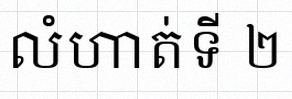
លំហាត់ទី ២